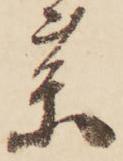
薬